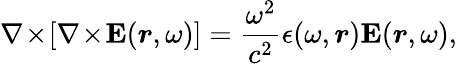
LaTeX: \nabla\! \times\! [\nabla\! \times\! \textbf{E}({\boldsymbol{r}},\omega)]=\frac{\omega^{2}}{c^{2}}\epsilon(\omega,{\boldsymbol{r}})\textbf{E}({\boldsymbol{r}},\omega),